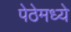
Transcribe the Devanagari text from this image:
पेठेमध्ये